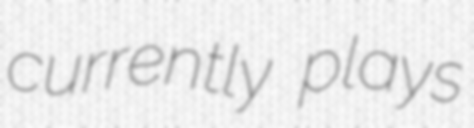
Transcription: currently plays